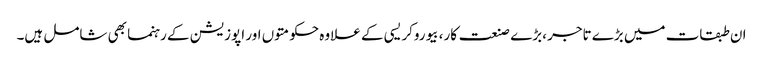
ان طبقات میں بڑے تاجر ،بڑے صنعت کار، بیوروکریسی کے علاوہ حکومتوں اور اپوزیشن کے رہنما بھی شامل ہیں۔